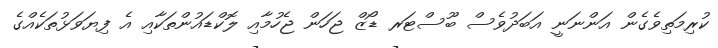
ކުރިމަތިވެގެން އަންނަނީ އަބަދުވެސް ބޫސްޓަރ ޑޯޒް ޖަހަން ޖެހުމާއި ލޮކްޑައުންތަކާއި އެ ފިޔަވަޅުތަކެއްގެ